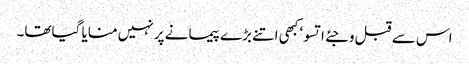
اس سے قبل وجئے اتسو‘ کبھی اتنے بڑے پیمانے پر نہیں منایا گیاتھا۔